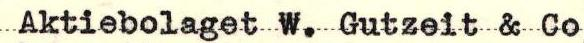
Aktiebolaget W. Gutzeit & Co